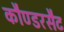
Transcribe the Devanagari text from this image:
कौण्डरसैट